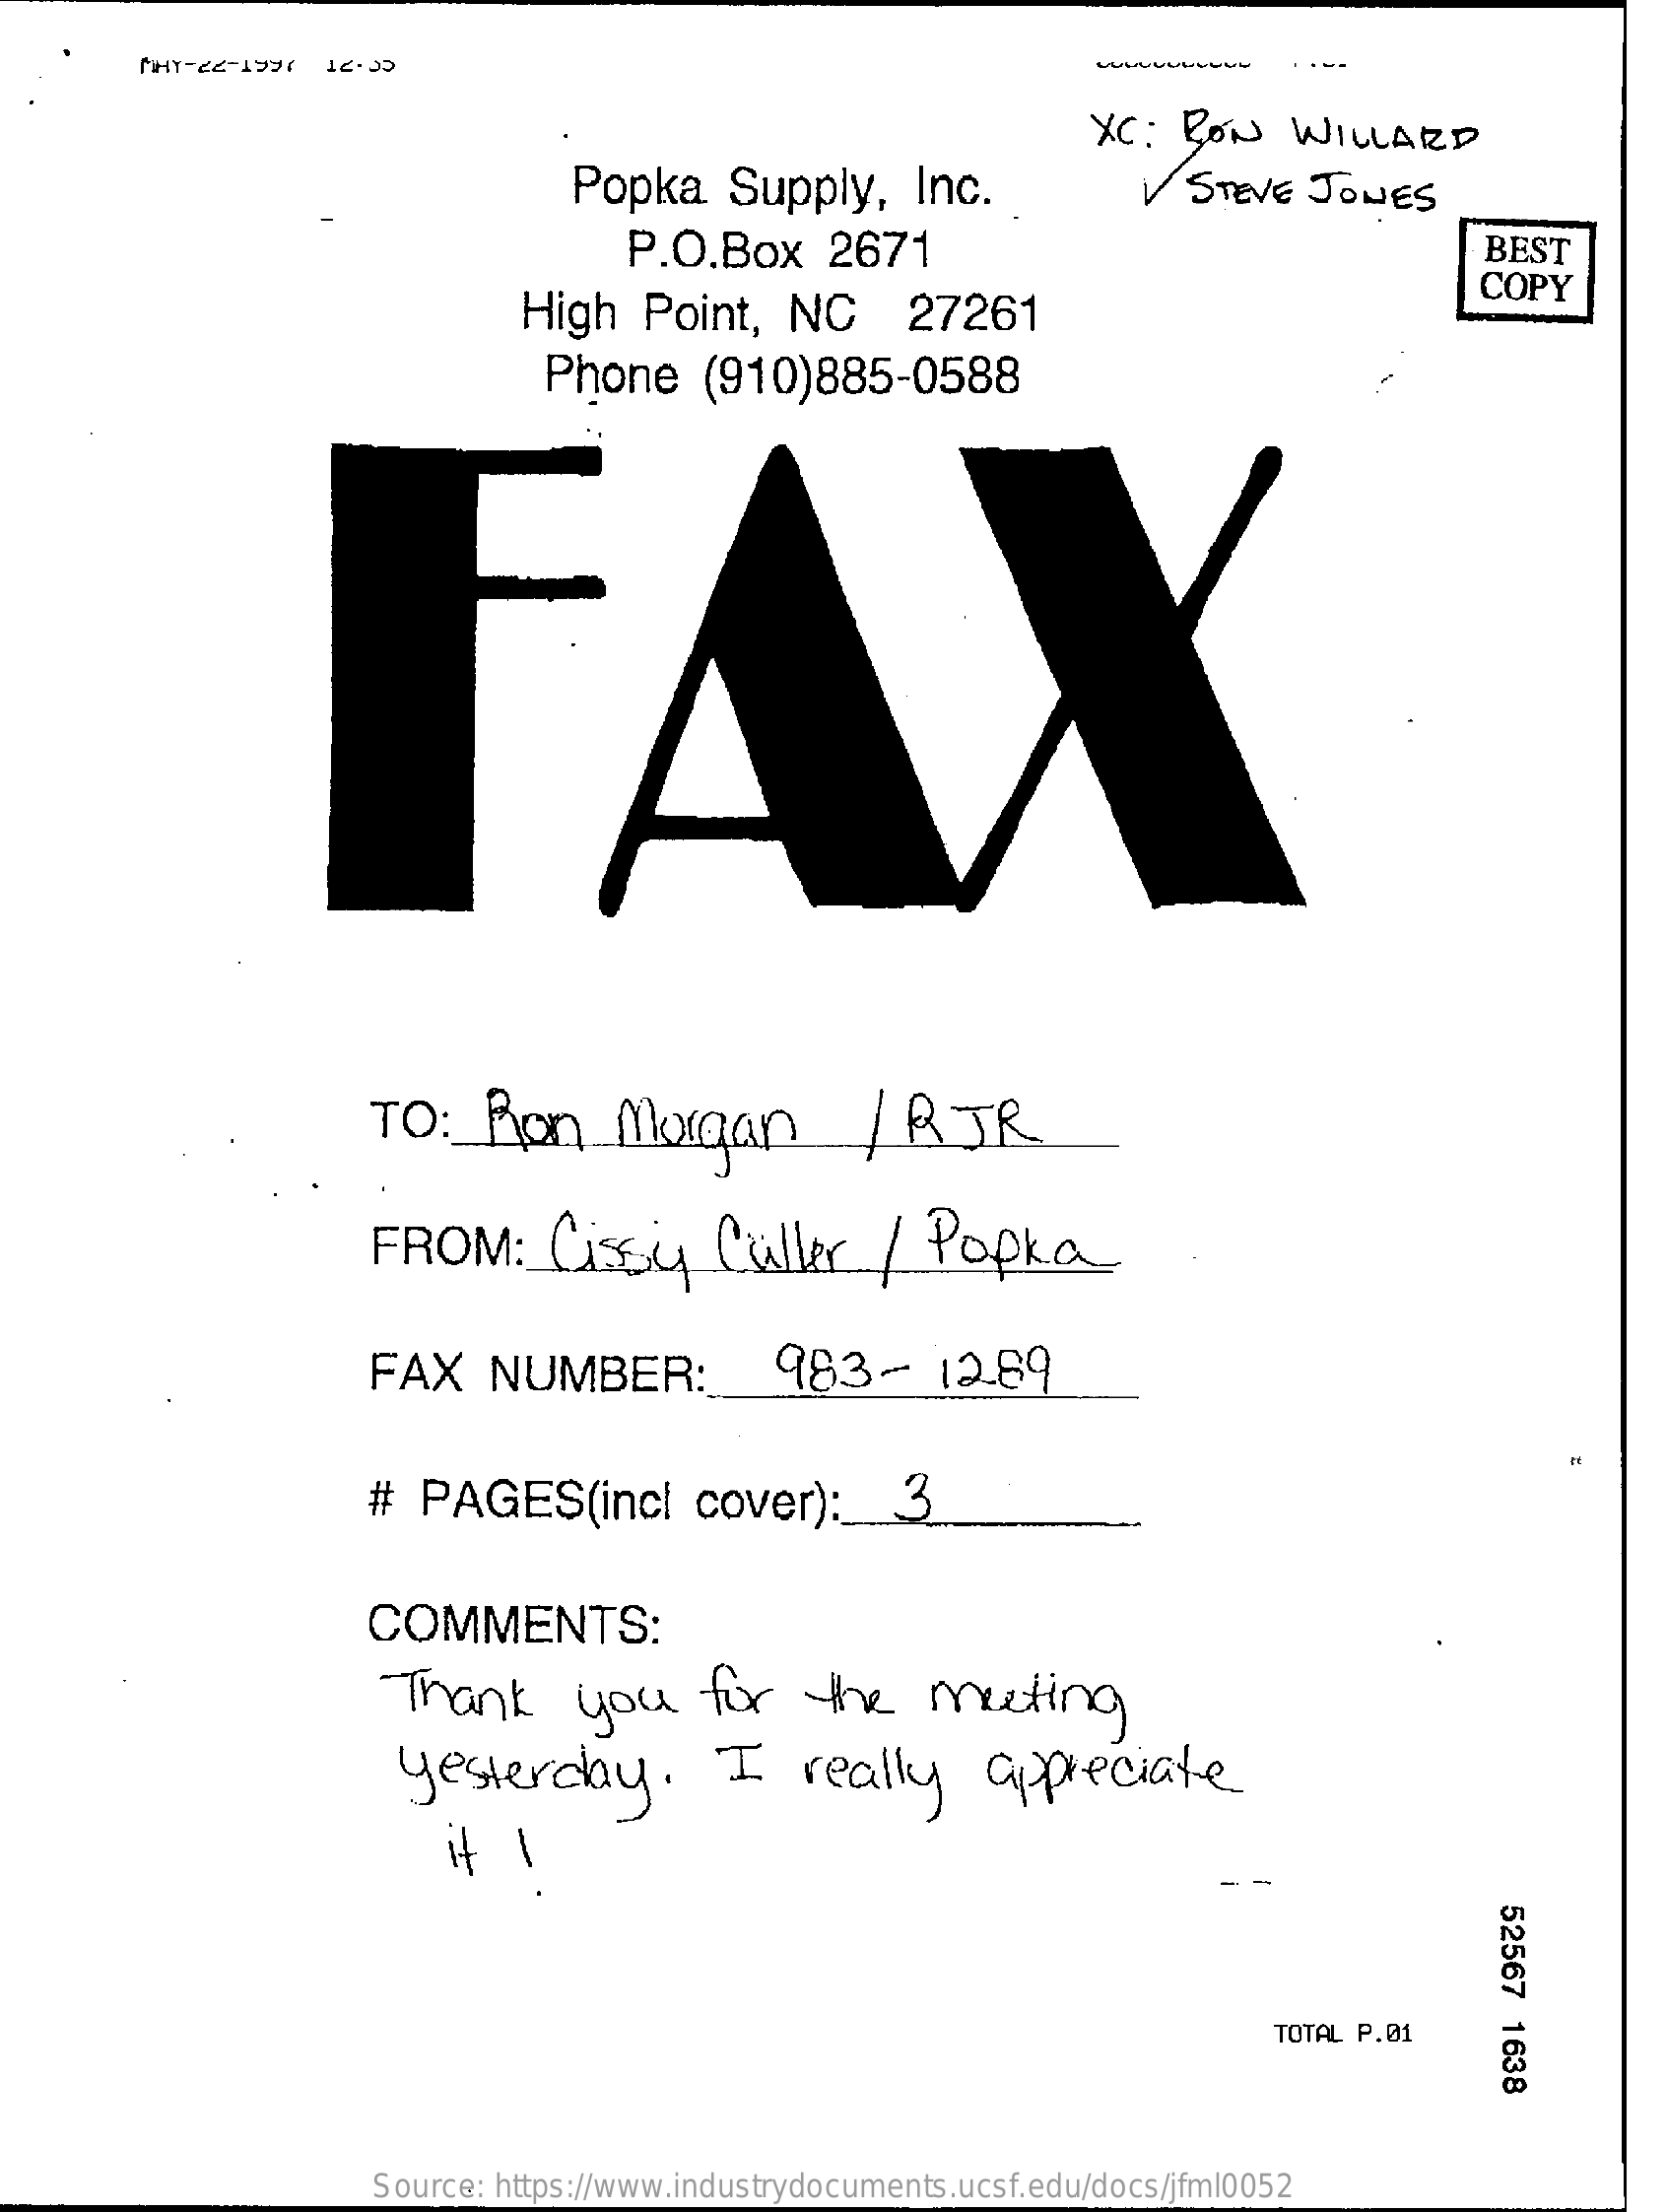
MHY-22-1997 12.35
     XC:   BON   WILLARD
     Popka    Supply,    Inc.    V STEVE   JONES
     P.O.Box    2671    BEST
     High   Point,   NC    27261
     COPY
     Phone    (910)885-0588
     TO  :  Ron    Morgan    /  R   JR
     FROM:    Cissy    Caller    / Popka
     FAX    NUMBER:    983-    12.89
     #  PAGES(incl    cover):    3
     COMMENTS:
     Thank    you    for    the    meeting
     yesterday.    I    really    appreciate
     if I
     52567
     1638
     TOTAL P.01
     Source: https://www.industrydocuments.ucsf.edu/docs/jfml0052